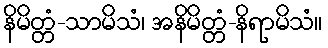
နိမိတ္တံ-သာမိသံ၊ အနိမိတ္တံ-နိရာမိသံ။